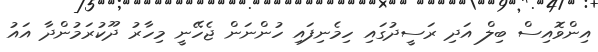
އިންވޮއިސް ބިލް އަދި ރަސީދުގައި ހިމެނިފައި ހުންނަން ޖެހޭނީ މިހާރު ދޫކުރަމުންދާ އައު